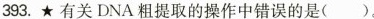
393.★有关DNA粗提取的操作中错误的是 ( )。